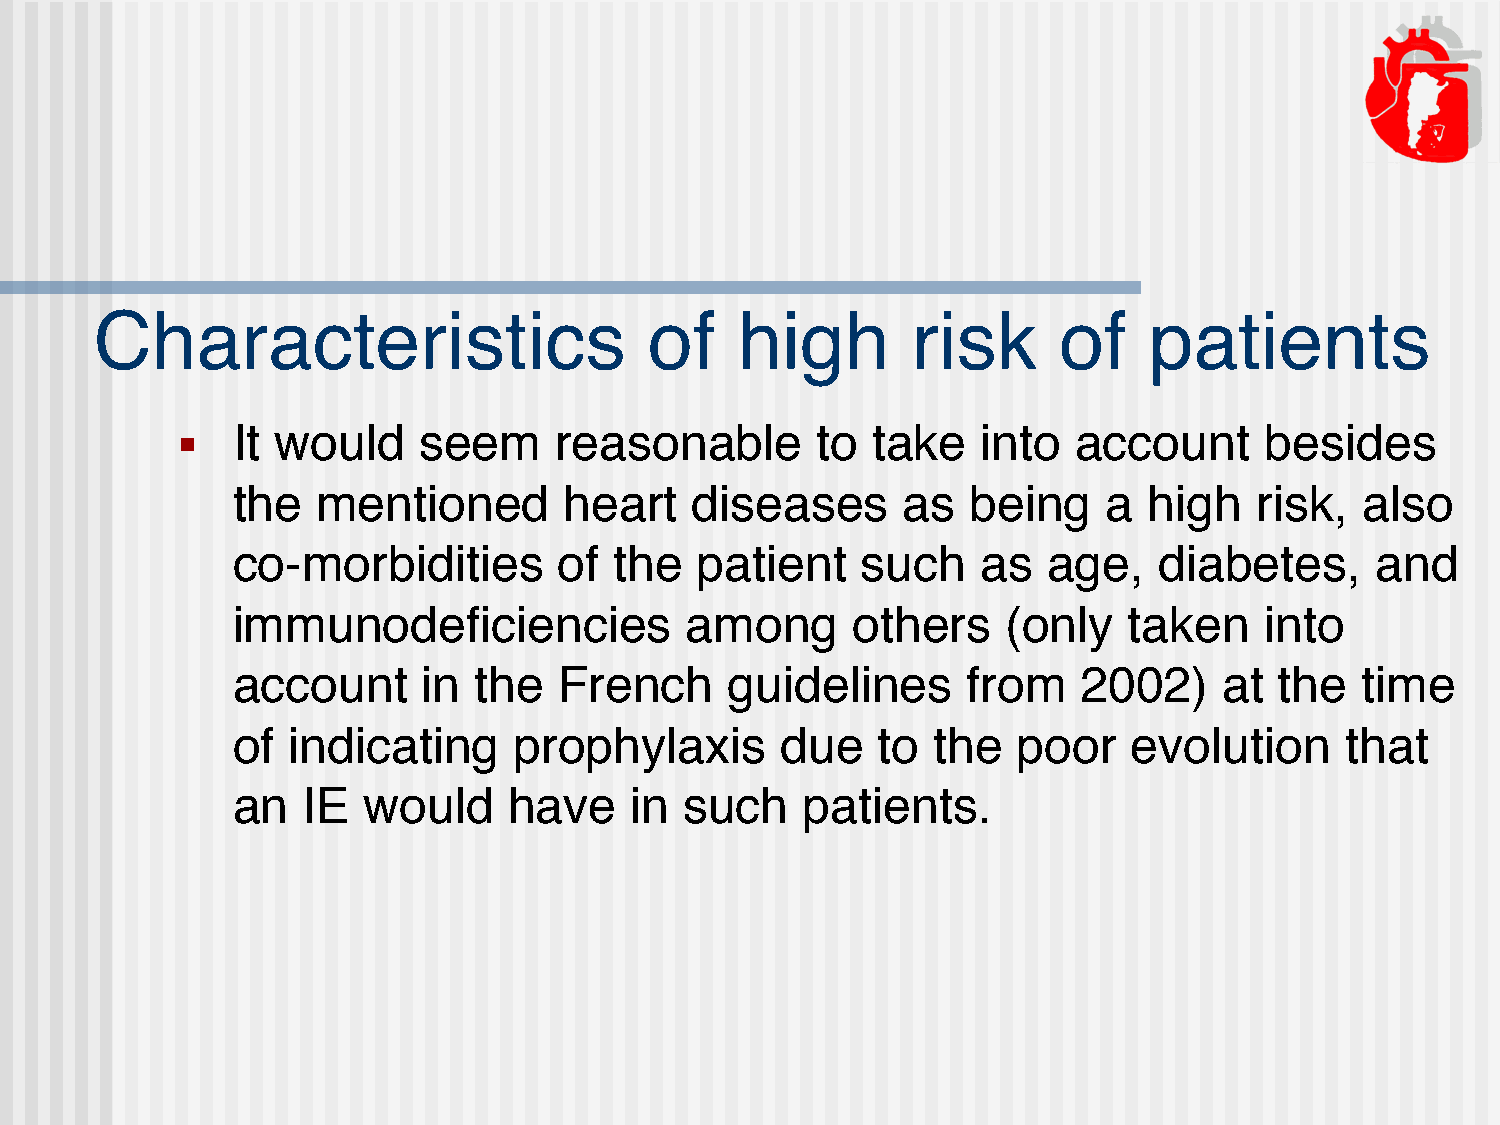
Characteristics                      of    high       risk      of    patients
 ■  It would     seem     reasonable       to  take   into  account      besides
 the   mentioned       heart    diseases      as  being    a  high   risk,  also
 co-morbidities        of  the  patient    such    as  age,    diabetes,     and
 immunodeficiencies            among      others     (only   taken    into
 account      in the   French     guidelines      from    2002)    at  the  time
 of  indicating     prophylaxis       due   to  the  poor    evolution     that
 an   IE  would     have    in such    patients.